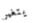
يتغير